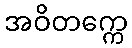
အဝိတက္ကေ